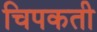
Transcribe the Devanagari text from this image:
चिपकती